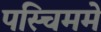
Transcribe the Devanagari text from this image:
पस्चिममे